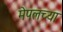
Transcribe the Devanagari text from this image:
मेपलच्या